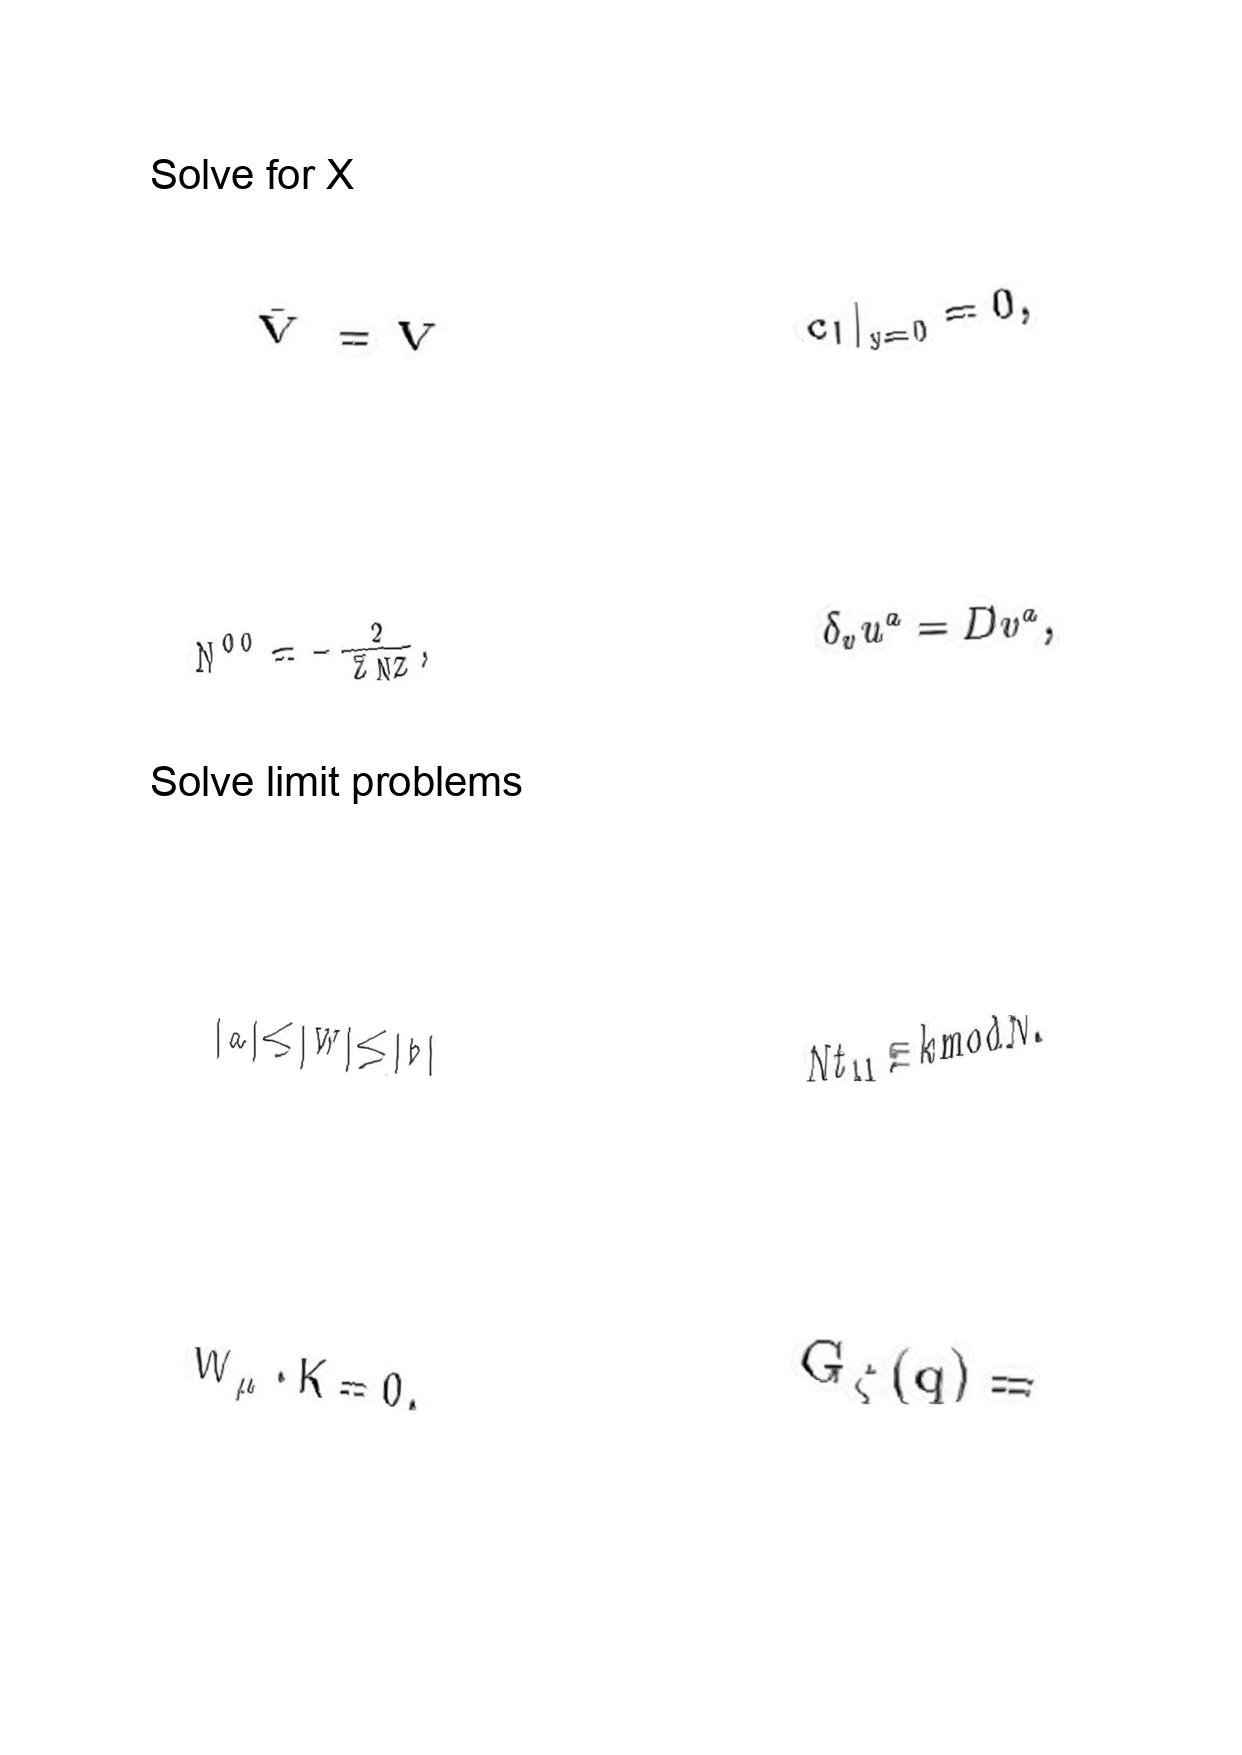
LaTeX transcription:
\bar { V } = V
N ^ { 0 0 } = - \frac { 2 } { \bar { Z } N Z } ,
\vert a \vert \le \vert W \vert \le \vert b \vert
W _ { \mu } \cdot K = 0 .
 c _ { l } \vert _ { y = 0 } = 0 ,
\delta _ { v } u ^ { a } = D v ^ { a } ,
N t _ { 1 1 } \equiv k \mathrm { m o d } N .
G _ { \zeta } \lparen q \rparen =